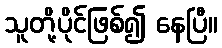
သူတို့ပိုင်ဖြစ်၍ နေပြီ။